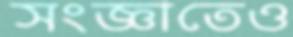
সংজ্ঞাতেও